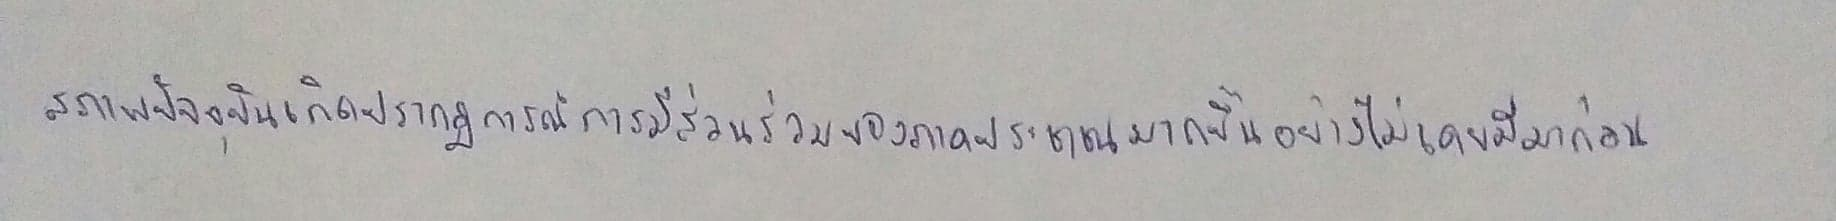
สภาพปัจจุบันเกิดปรากฏการณ์การมีส่วนร่วมของภาคประชาชนมากขึ้นอย่างไม่เคยมีมาก่อน